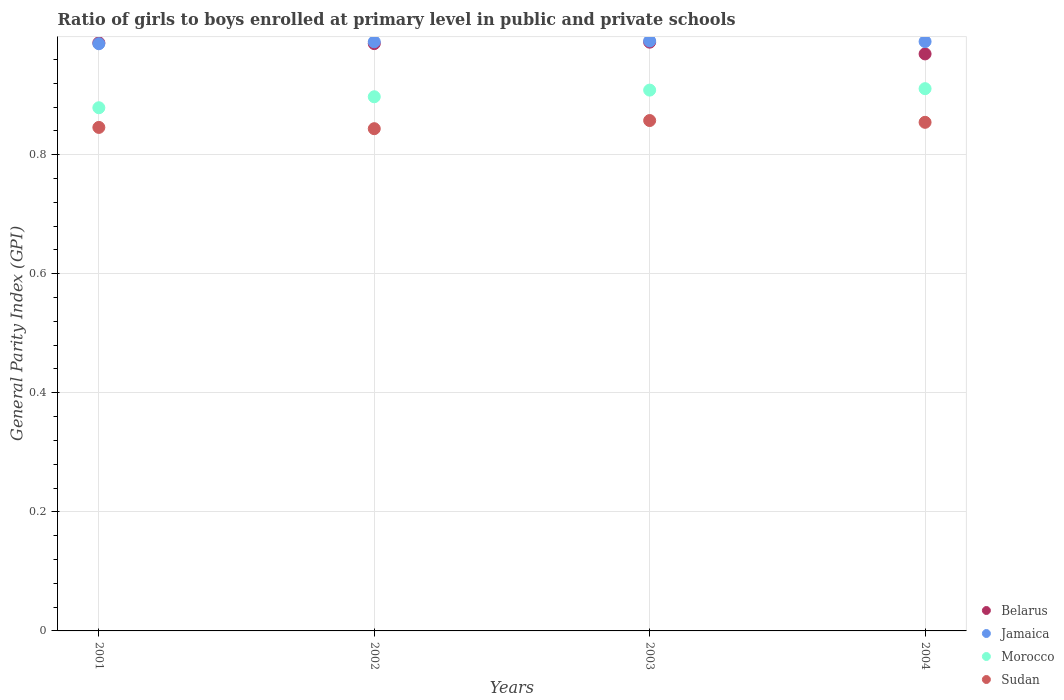
| Years | Belarus | Jamaica | Morocco | Sudan |
 | --- | --- | --- | --- | --- |
 | 2001 | 0.988 | 0.986 | 0.879 | 0.846 |
 | 2002 | 0.987 | 0.99 | 0.897 | 0.844 |
 | 2003 | 0.989 | 0.991 | 0.908 | 0.857 |
 | 2004 | 0.969 | 0.99 | 0.911 | 0.854 |